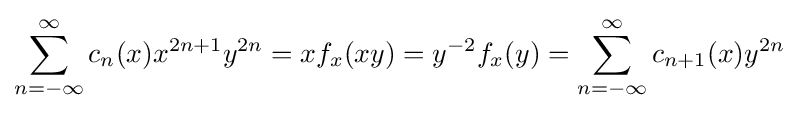
\sum _{n=-\infty }^{\infty }c_{n}(x)x^{2n+1}y^{2n}=xf_{x}(xy)=y^{-2}f_{x}(y)=\sum _{n=-\infty }^{\infty }c_{n+1}(x)y^{2n}